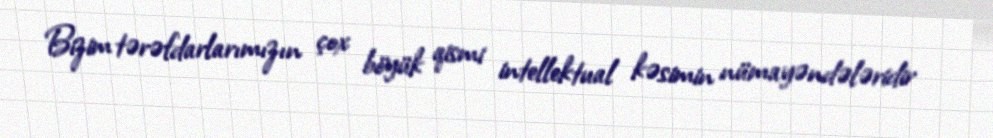
Bizim tərəfdarlarımızın çox böyük qismi intellektual kəsimin nümayəndələridir